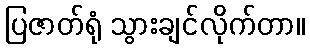
ပြဇာတ်ရုံ သွားချင်လိုက်တာ။